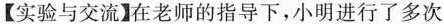
【实验与交流】在老师的指导下，小明进行了多次